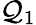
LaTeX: \mathcal{Q}_{1}